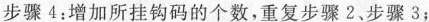
步骤4：增加所挂钩码的个数，重复步骤2、步骤3；